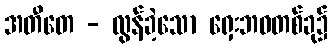
အတီတေ - လွန်ခဲ့သော ရှေးဘဝတစ်ခု၌